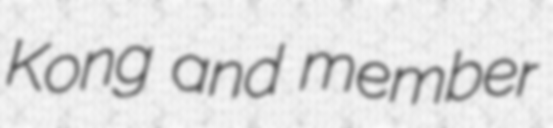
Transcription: Kong and member